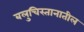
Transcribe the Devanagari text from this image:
बलुचिस्तानातील